Scottish Leaving Certificate Examination, 1960
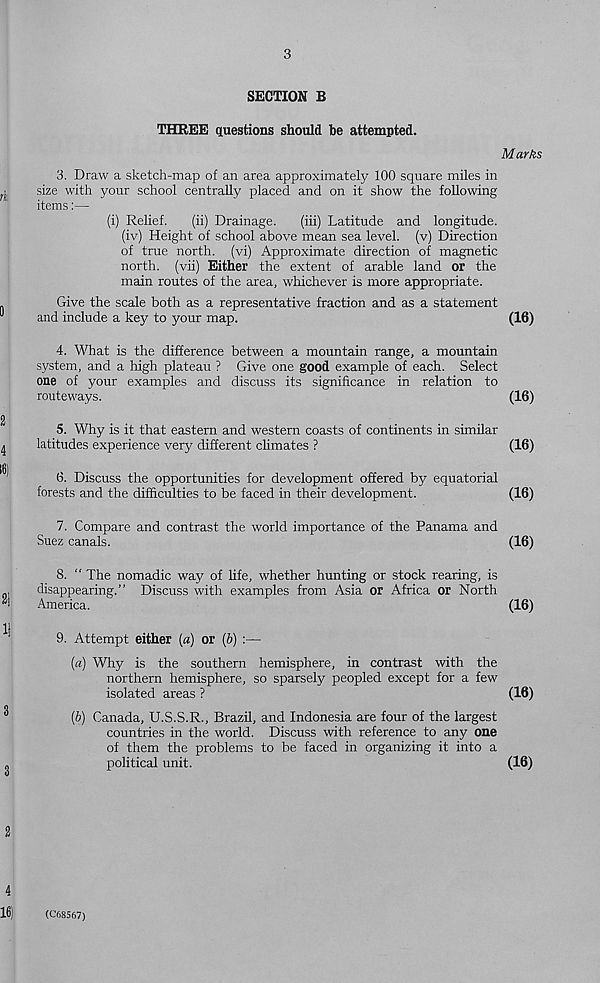
SECTION B
THREE questions should be attempted.
Marks
3. Draw a sketch-map of an area approximately 100 square miles in
size with your school centrally placed and on it show the following
items:—
(i) Relief.
(ii) Drainage.
(iii) Latitude and longitude.
(iv) Height of school above mean sea level, (v) Direction
of true north, (vi) Approximate direction of magnetic
north, (vii) Either the extent of arable land or the
main routes of the area, whichever is more appropriate.
Give the scale both as a representative fraction and as a statement
and include a key to your map.
(16)
4. What is the difference between a mountain range, a mountain
system, and a high plateau ? Give one good example of each. Select
one of your examples and discuss its significance in relation to
routeways.
(16)
5. Why is it that eastern and western coasts of continents in similar
latitudes experience very different climates ?
(16)
6. Discuss the opportunities for development offered by equatorial
forests and the difficulties to be faced in their development.
(16)
7. Compare and contrast the world importance of the Panama and
Suez canals.
(16)
8. “ The nomadic way of life, whether hunting or stock rearing, is
disappearing.” Discuss with examples from Asia or Africa or North
America.
(16)
9. Attempt either (a) or (&) :—
(a) Why is the southern hemisphere, in contrast with the
northern hemisphere, so sparsely peopled except for a few
isolated areas ?
(16)
(b) Canada, U.S.S.R., Brazil, and Indonesia are four of the largest
countries in the world. Discuss with reference to any one
of them the problems to be faced in organizing it into a
political unit.
(16)
(C68567)